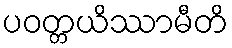
ပဝတ္တယိဿာမီတိ